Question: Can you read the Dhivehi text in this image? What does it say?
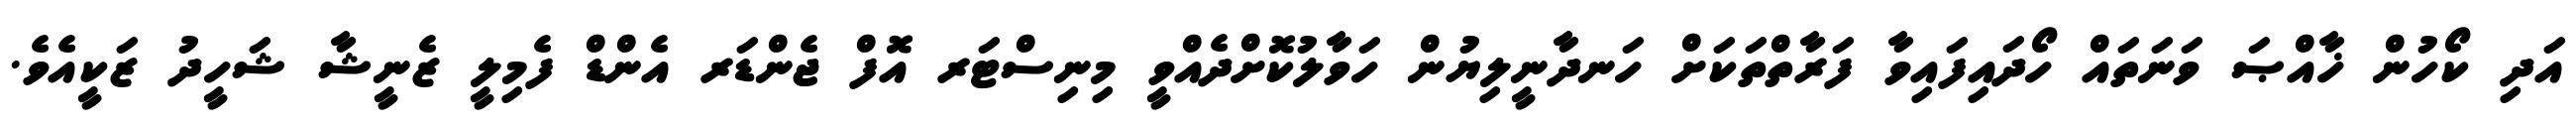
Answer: އަދި ކޯހުން ޚާއްޞަ ވަނަތައް ހޯދައިފައިވާ ފަރާތްތަކަށް ހަނދާނީލިޔުން ހަވާލުކޮށްދެއްވީ މިނިސްޓަރ އޮފް ޖެންޑަރ އެންޑް ފެމިލީ ޒެނީޝާ ޝަހީދު ޒަކީއެވެ.